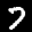
Label: 7